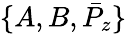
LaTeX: \{ A,B,\bar{P}_{z}\}